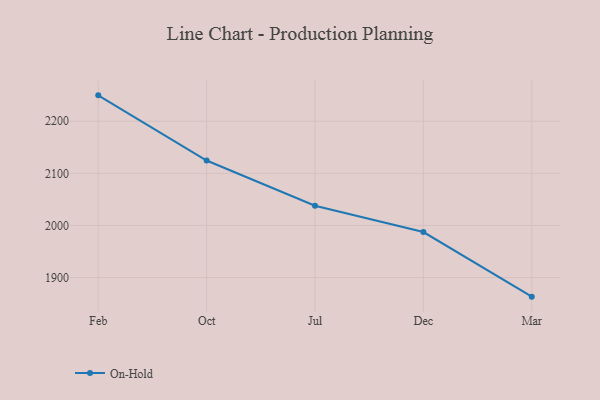
{"axis": {"x": "Month", "y": "Revenue (USD Million)"}, "legend": ["On-Hold"], "data": [{"x": "Feb", "y": 2249.7, "type": "On-Hold"}, {"x": "Oct", "y": 2124.6, "type": "On-Hold"}, {"x": "Jul", "y": 2037.9, "type": "On-Hold"}, {"x": "Dec", "y": 1987.3, "type": "On-Hold"}, {"x": "Mar", "y": 1863.3, "type": "On-Hold"}]}